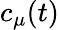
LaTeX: c_{\mu}(t)